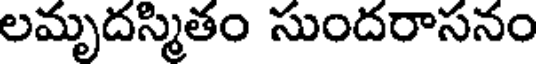
లమృదస్మితం సుందరాసనం